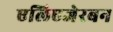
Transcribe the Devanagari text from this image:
एलिएजेरबन